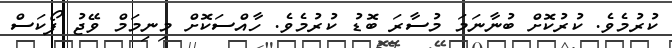
ކުރުމެވެ. ކުރުކޮށް ބުނާނަމަ މުސާރަ ބޮޑު ކުރުމެވެ. ހާއްސަކޮށް މިނިމަމް ވޭޖު ފޯކަސް